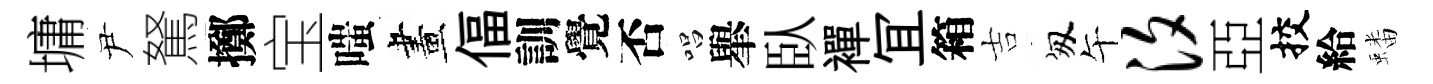
墉尹駑擲宝嗤畫偪訓覺否唱𦦙臥襌冝箱吉匆午汐亞挍給蟠